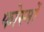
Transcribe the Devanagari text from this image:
फोस्मों